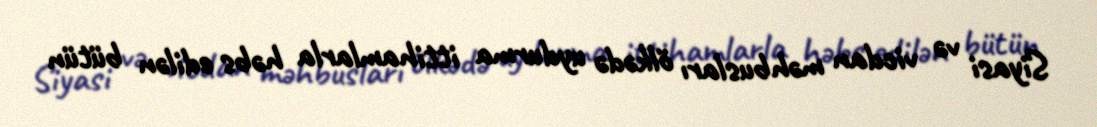
Siyasi və vicdan məhbusları ölkədə uydurma ittihamlarla həbs edilən bütün